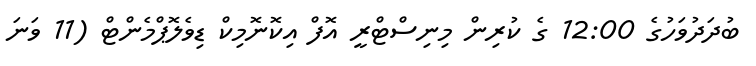
ބުދަދުވަހުގެ 12:00 ގެ ކުރިން މިނިސްޓްރީ އޮފް އިކޮނޮމިކް ޑިވެލޮޕްމެންޓް (11 ވަނަ